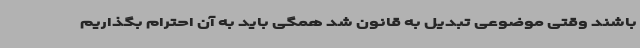
باشند وقتی موضوعی تبدیل به قانون شد همگی باید به آن احترام بگذاریم